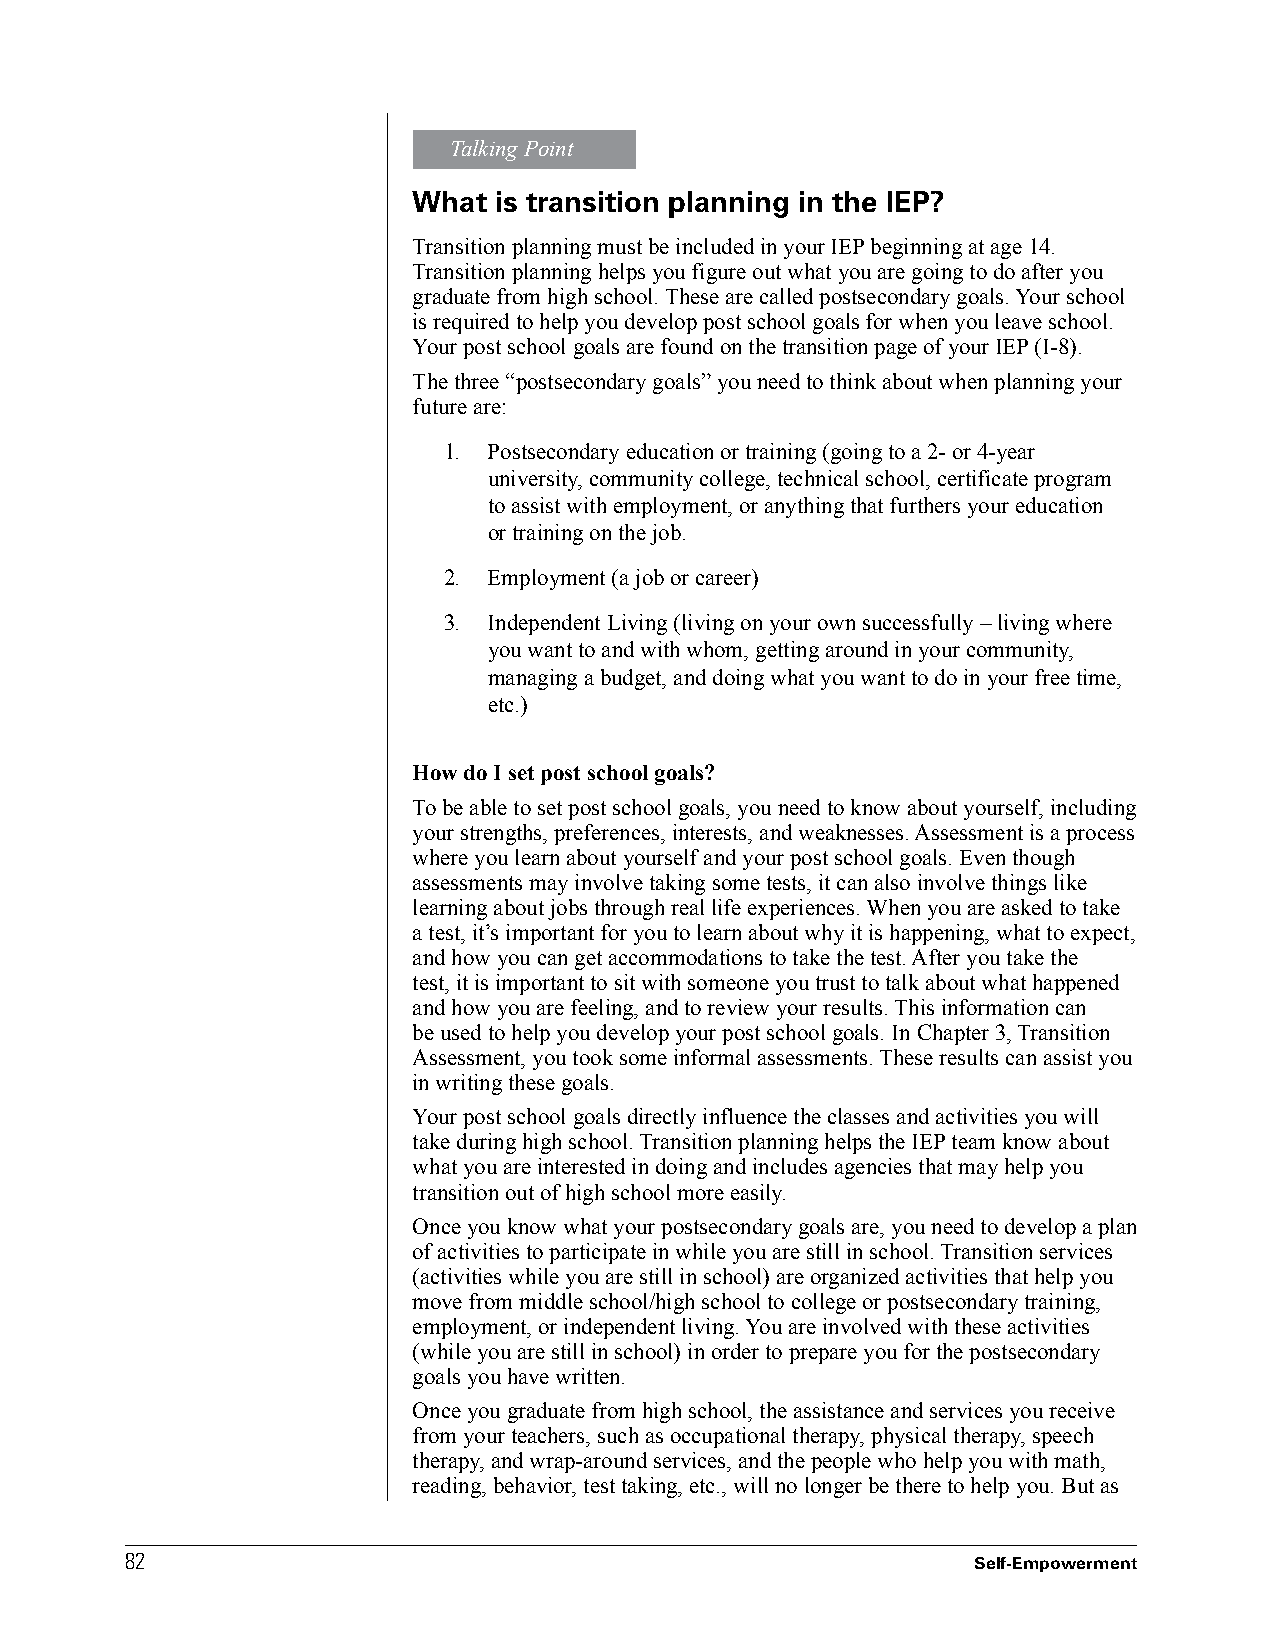
Talking Point
 What  is transition planning in the IEP?
 Transition planning must be included in your IEP beginning at age 14.
 Transition planning helps you figure out what you are going to do after you
 graduate from high school. These are called postsecondary goals. Your school
 is required to help you develop post school goals for when you leave school.
 Your post school goals are found on the transition page of your IEP (I-8).
 The three “postsecondary goals” you need to think about when planning your
 future are:
 1. Postsecondary education or training (going to a 2- or 4-year
 university, community college, technical school, certificate program
 to assist with employment, or anything that furthers your education
 or training on the job.
 2. Employment (a job or career)
 3. Independent Living (living on your own successfully – living where
 you want to and with whom, getting around in your community,
 managing a budget, and doing what you want to do in your free time,
 etc.)
 How do I set post school goals?
 To be able to set post school goals, you need to know about yourself, including
 your strengths, preferences, interests, and weaknesses. Assessment is a process
 where you learn about yourself and your post school goals. Even though
 assessments may involve taking some tests, it can also involve things like
 learning about jobs through real life experiences. When you are asked to take
 a test, it’s important for you to learn about why it is happening, what to expect,
 and how you can get accommodations to take the test. After you take the
 test, it is important to sit with someone you trust to talk about what happened
 and how you are feeling, and to review your results. This information can
 be used to help you develop your post school goals. In Chapter 3, Transition
 Assessment, you took some informal assessments. These results can assist you
 in writing these goals.
 Your post school goals directly influence the classes and activities you will
 take during high school. Transition planning helps the IEP team know about
 what you are interested in doing and includes agencies that may help you
 transition out of high school more easily.
 Once you know what your postsecondary goals are, you need to develop a plan
 of activities to participate in while you are still in school. Transition services
 (activities while you are still in school) are organized activities that help you
 move from middle school/high school to college or postsecondary training,
 employment, or independent living. You are involved with these activities
 (while you are still in school) in order to prepare you for the postsecondary
 goals you have written.
 Once you graduate from high school, the assistance and services you receive
 from your teachers, such as occupational therapy, physical therapy, speech
 therapy, and wrap-around services, and the people who help you with math,
 reading, behavior, test taking, etc., will no longer be there to help you. But as
 8822
 Self-Empowerment